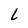
Character: L